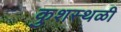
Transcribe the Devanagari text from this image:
कुशस्थळी